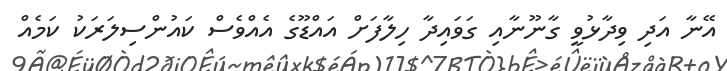
އޭނާ އަދި ވިދާޅުވީ ގާނޫނާއި ގަވައިދާ ހިލާފަށް އައްޑޫގެ އެއްވެސް ކައުންސިލަރަކު ކަމެއް